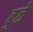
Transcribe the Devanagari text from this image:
बुळे